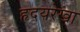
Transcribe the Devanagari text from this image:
हृदयरेखा